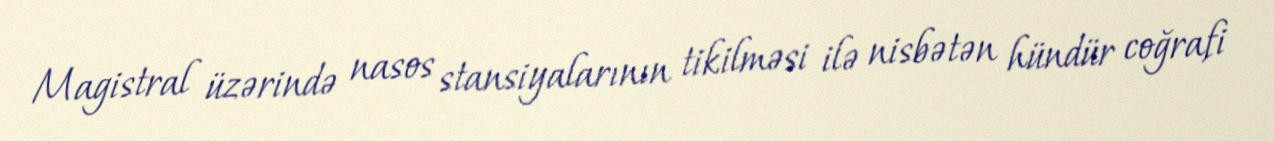
Magistral üzərində nasos stansiyalarının tikilməsi ilə nisbətən hündür coğrafi